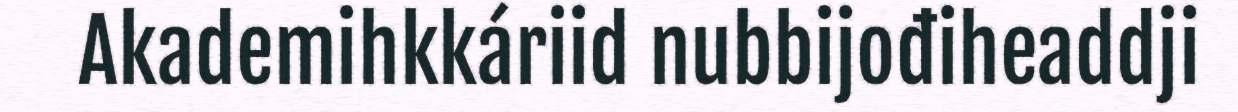
Akademihkkáriid nubbijođiheaddji